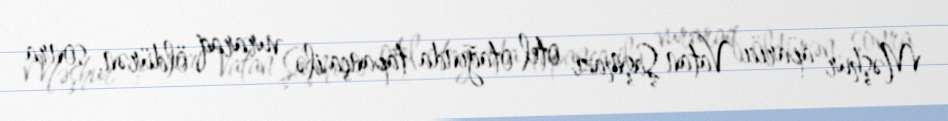
Məşhur aparıcı Vatan Şaşmazı otel otağında tapança ilə vuraraq öldürən, sonra